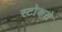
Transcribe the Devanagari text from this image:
स्टोकसे